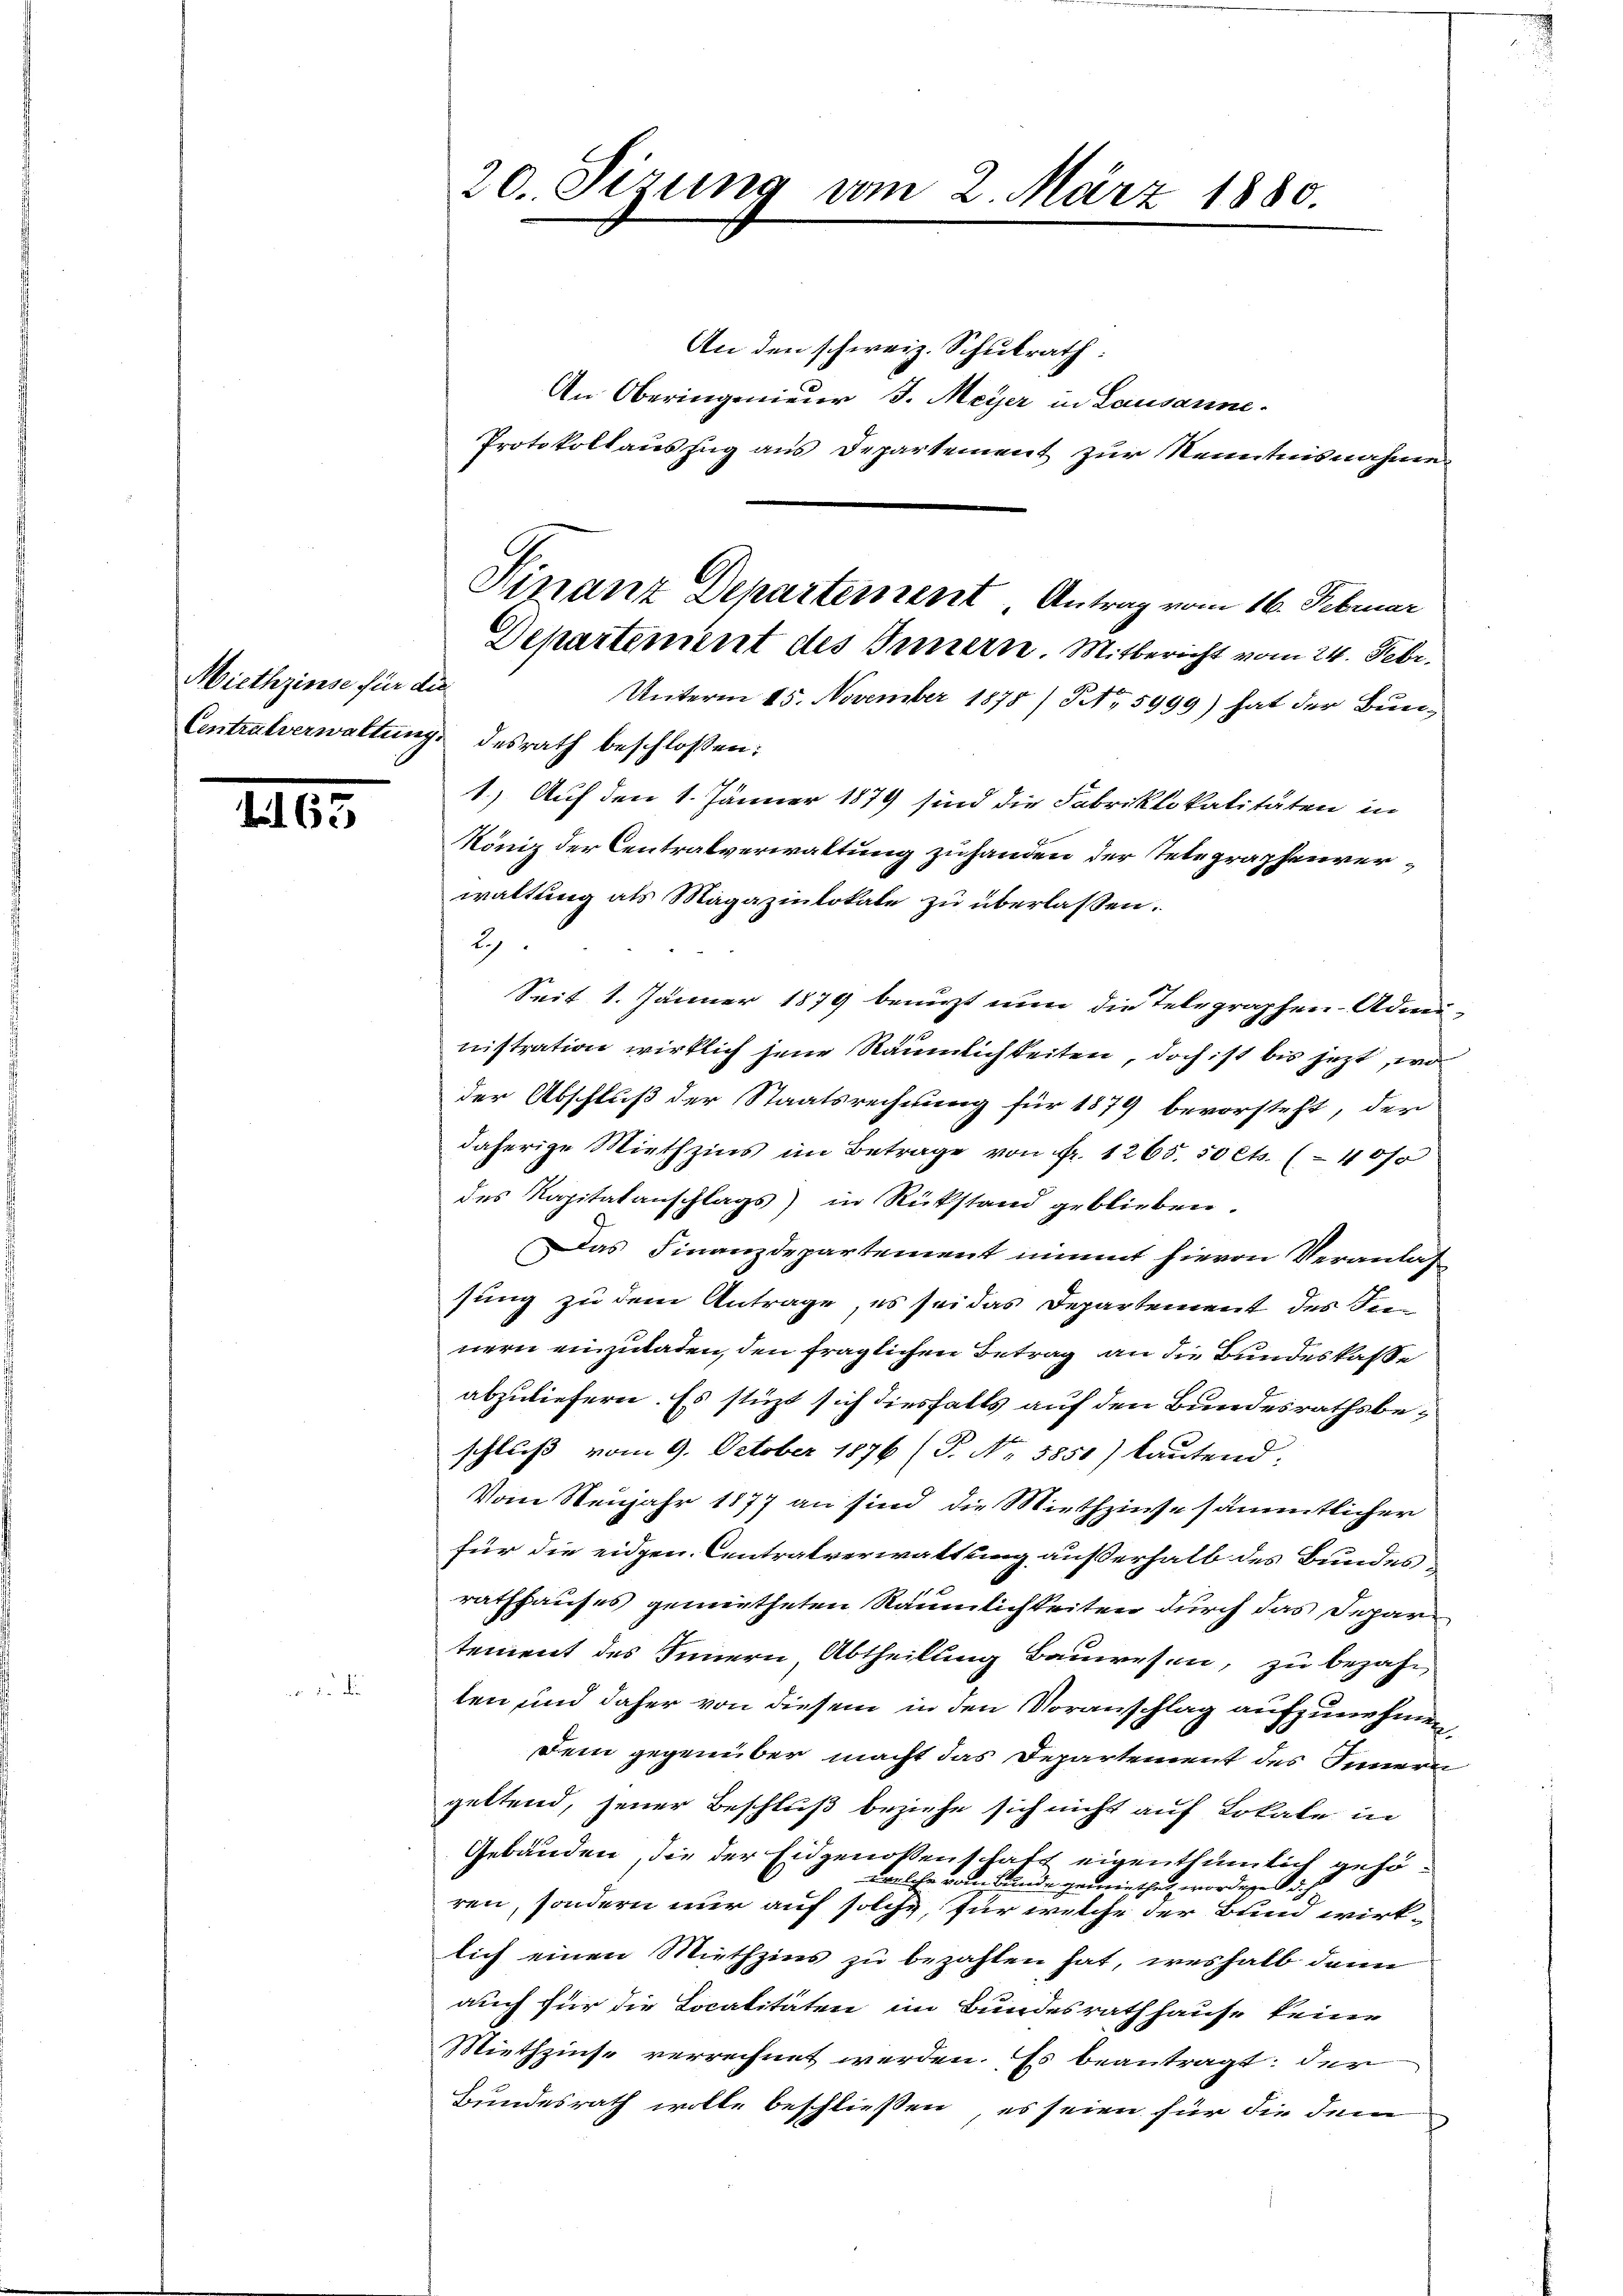
Miethzinse für die

163

20. Sizung vom 2. März 1880.

An den schweiz. Schulrath:
An Oberingenieur J. Meyer in Lausanne.
Protokollauszug aus Departement zur Kenntnisnahme
Departement des Innern. Mitbericht vom 24. Febr.
Unterm 15. November 1878/NNo. 5999) hat der Bun¬
Centralverwaltung desrath beschlossen:
1.) Auf den 1. Jänner 1879 sind die Fabriklokalitäten in
König der Centralverwaltung zuhanden der Telegraphenverwaltung als Magazinlokale zu überlassen.
29
Seit 1. Jänner 1879 benuzt nun die Telegraphen-Admi
nistration wirklich jene Räumlichkeiten, doch ist bis jetzt, wo
der Abschluß der Staatsrechnung für 1879 bevorsteht, der
daherige Miethzins im Betrage von Fr. 1265. 50 Cts. (40/0
des Kapitalanschlags) in Rükstand geblieben.
Das Finanzdepartement nimmt hievon Veranlas
sung zu dem Antrage, es sei das Departement des See
nern einzuladen, den fraglichen Betrag an die Bundeskasse
abzuliefern. Es stüzt sich diesfalls auf den Bundesrathsbeschluß vom 9. October 1876 (T. No. 5850) kautend:
Vom Neujahr 1877 an sind die Miethzinse sämmtlicher
für die eidgen. Centralverwaltung außerhalb des Bundes
rathhauses gemietheten Räumlichkeiten durch das Departement des Innern, Abtheilung Bauwesen, zu bezahl
len und daher von diesem in den Voranschlag aufzunehmen
Dem gegenüber macht das Departement des Innern
geltend, jener Beschluß beziehe sich nicht auf Lokale in
Gebäuden, die der Eidgenossent hatt eigenthümlich gehöwelche vom Bunde gemiethet worden. d.
ren, sondern nur auf solche, für welche der Bund wirk-
lich einen Miethzins zu bezahlen hat, weshalb dann
auch für die Localitäten im Bundesrath hause keine
Miethzinse verrechnet werden. Es beantragt: der
Bundesrath wolle beschließen, es seien für die dem

Finanz Departement Antrag vom 16. Februar